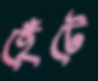
হেঁটে